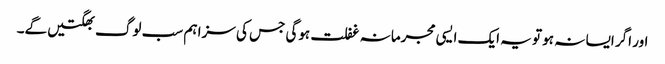
اور اگر ایسا نہ ہو تو یہ ایک ایسی مجرمانہ غفلت ہوگی جس کی سزا ہم سب لوگ بھگتیں گے۔